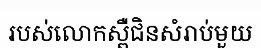
របស់លោកស្ពឺជិនសំរាប់មួយ